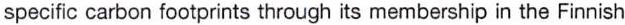
specific carbon footprints through its membership in the Finnish